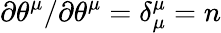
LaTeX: \partial\theta^{\mu}/\partial\theta^{\mu}=\delta_{\mu}^{\mu}=n